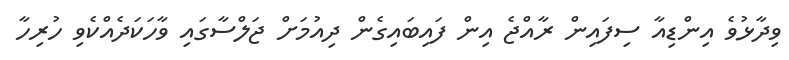
ވިދާޅުވެ އިންޑިއާ ސިފައިން ރާއްޖެ އިން ފައިބައިގެން ދިއުމަށް ޖަލްސާގައި ވާހަކަދެއްކެވި ހުރިހާ